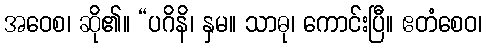
အဝေစ၊ ဆို၏။ “ပဂိနိ၊ နှမ။ သာဓု၊ ကောင်းပြီ။ ဧတံစေဝ၊